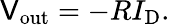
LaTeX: \mathsf{V}_{\mathrm{{out}}}=-RI_{\mathrm{{D}}}.